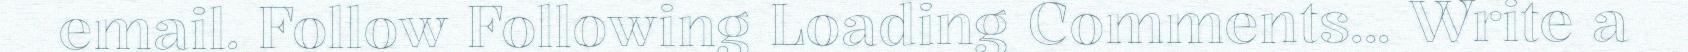
email. Follow Following Loading Comments... Write a